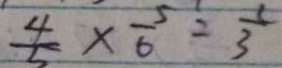
\frac { 4 } { 5 } \times \frac { 5 } { 6 } = \frac { 1 } { 3 }